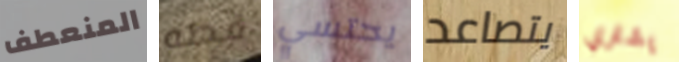
المنعطف قطه يحتسي يتصاعد يشتري